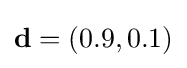
\mathbf {d} =(0.9,0.1)